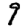
Digit: 9